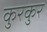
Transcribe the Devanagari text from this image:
कुरकुर